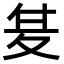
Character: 𭐣